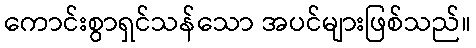
ကောင်းစွာရှင်သန်သော အပင်များဖြစ်သည်။